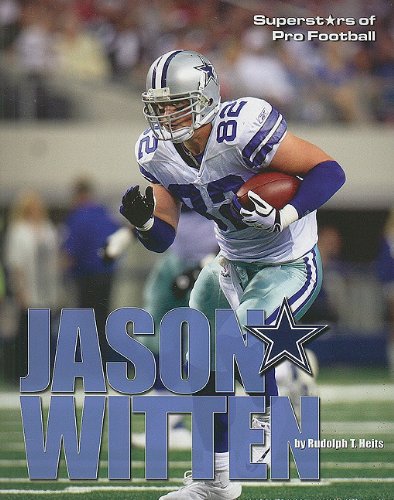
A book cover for Jason Witten (Superstars of Pro Football); Rudolph T. Heits; Teen & Young Adult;